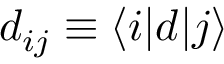
d _ { i j } \equiv \ensuremath { \langle i | } d \ensuremath { | j \rangle }